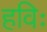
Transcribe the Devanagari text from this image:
हविः